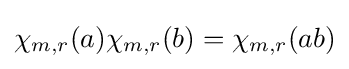
\chi _{m,r}(a)\chi _{m,r}(b)=\chi _{m,r}(ab)